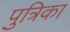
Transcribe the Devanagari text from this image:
पुत्रिका